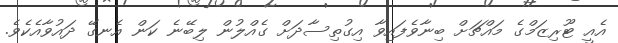
އެއީ ޓޫރިޒަމްގެ މައްޗަށް ބިނާވެފައިވާ އިގުތިސާދަށް ގެއްލުން ލިބޭނެ ކަން އެނގޭ ދައުވާއެކެވެ.